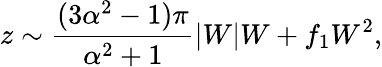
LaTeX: z\sim\frac{(3\alpha^{2}-1)\pi}{\alpha^{2}+1}|W|W+f_{1}W^{2},